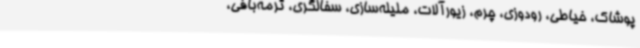
پوشاک، خیاطی، رودوزی، چرم، زیورآلات، ملیله‌سازی، سفالگری، ترمه‌بافی،